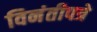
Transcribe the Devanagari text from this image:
विनंतीपत्रे